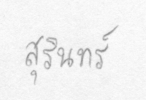
สุรินทร์